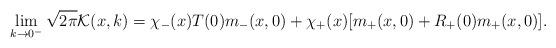
LaTeX: \begin{align*}\lim_{k \rightarrow 0^-} \sqrt{2\pi}\mathcal{K}(x,k) & =\chi_-(x)T(0)m_-(x,0)+ \chi_+(x) [m_+(x,0) + R_+(0)m_+(x,0) ].\end{align*}